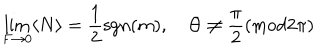
LaTeX: \lim _ { F \to 0 } \langle N \rangle = { \frac { 1 } { 2 } } \mathrm { s g n } ( m ) , \quad \Theta \neq \frac { \pi } { 2 } ( \mathrm { m o d } 2 \pi )